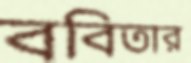
ববিতার